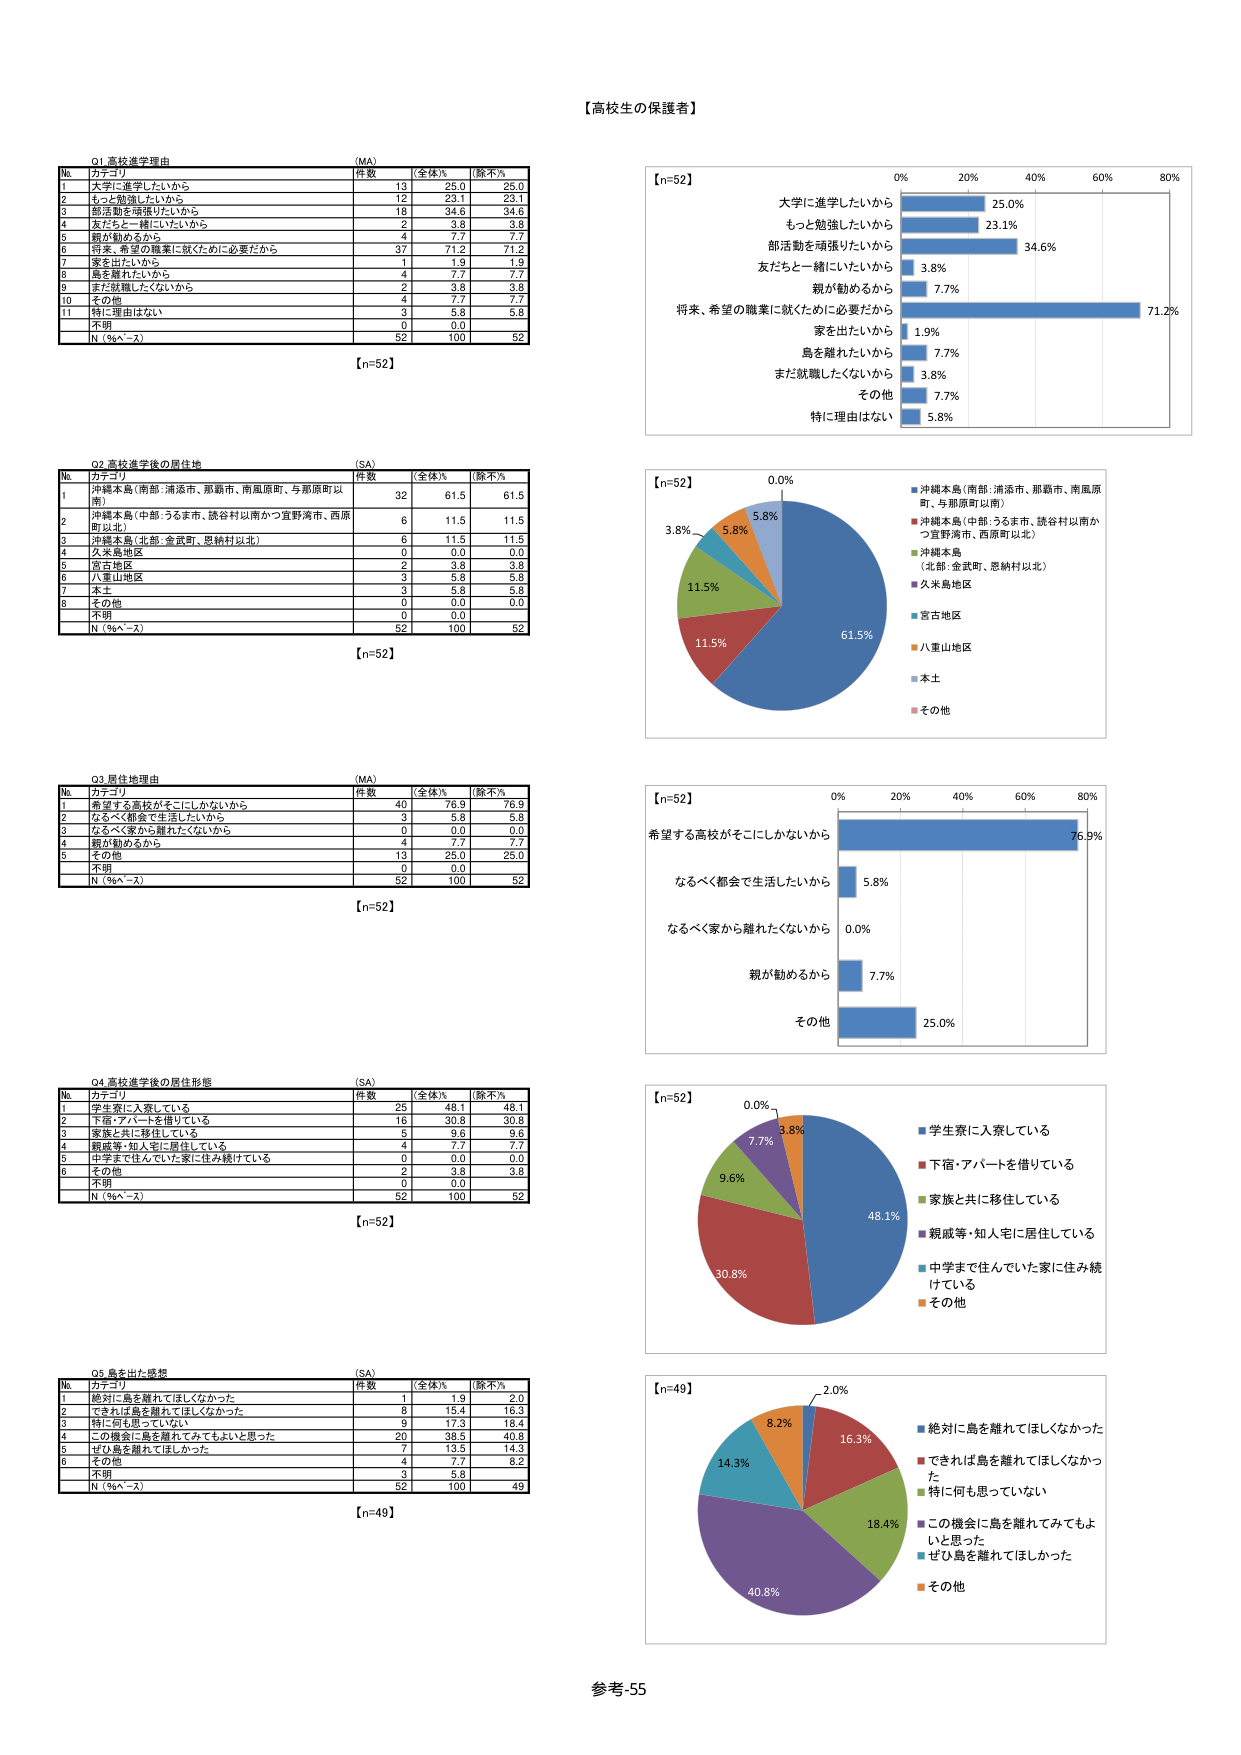
【高校生の保護者】

Q1 高校進学理由 (MA)
No カテゴリ 件数 全体% 除不%
1 大学に進学したいから 13 25.0 25.0
2 もっと勉強したいから 12 23.1 23.1
3 部活動を頑張りたいから 18 34.6 34.6
4 友だちと一緒にいたいから 2 3.8 3.8
5 親が勧めるから 4 7.7 7.7
6 将来、希望の職業に就くために必要だから 37 71.2 71.2
7 家を出たいから 1 1.9 1.9
8 島を離れたいから 4 7.7 7.7
9 まだ就職したくないから 2 3.8 3.8
10 その他 4 7.7 7.7
11 特に理由はない 3 5.8 5.8
不明 0 0.0
N（％ベース） 52 100 52
【n=52】

Q2 高校進学後の居住地 (SA)
No カテゴリ 件数 全体% 除不%
1 沖縄本島（南部：浦添市、那覇市、南風原町、与那原町以南） 32 61.5 61.5
2 沖縄本島（中部：うるま市、読谷村以南かつ宜野湾市、西原町以北） 6 11.5 11.5
3 沖縄本島（北部：金武町、恩納村以北） 6 11.5 11.5
4 久米島地区 0 0.0 0.0
5 宮古地区 2 3.8 3.8
6 八重山地区 3 5.8 5.8
7 本土 3 5.8 5.8
8 その他 0 0.0 0.0
不明 0 0.0
N（％ベース） 52 100 52
【n=52】

Q3 居住地理由 (MA)
No カテゴリ 件数 全体% 除不%
1 希望する高校がそこにしかないから 40 76.9 76.9
2 なるべく都会で生活したいから 3 5.8 5.8
3 なるべく家から離れたくないから 0 0.0 0.0
4 親が勧めるから 4 7.7 7.7
5 その他 13 25.0 25.0
不明 0 0.0
N（％ベース） 52 100 52
【n=52】

Q4 高校進学後の居住形態 (SA)
No カテゴリ 件数 全体% 除不%
1 学生寮に入寮している 25 48.1 48.1
2 下宿・アパートを借りている 16 30.8 30.8
3 家族と共に移住している 5 9.6 9.6
4 親戚等・知人宅に居住している 4 7.7 7.7
5 中学まで住んでいた家に住み続けている 0 0.0 0.0
6 その他 2 3.8 3.8
不明 0 0.0
N（％ベース） 52 100 52
【n=52】

Q5 島を出た感想 (SA)
No カテゴリ 件数 全体% 除不%
1 絶対に島を離れてほしくなかった 1 1.9 2.0
2 できれば島を離れてほしくなかった 8 15.4 16.3
3 特に何も思っていない 9 17.3 18.4
4 この機会に島を離れてみてもよいと思った 20 38.5 40.8
5 ぜひ島を離れてほしかった 7 13.5 14.3
6 その他 4 7.7 8.2
不明 3 5.8
N（％ベース） 52 100 49
【n=49】

【n=52】
0% 20% 40% 60% 80%
大学に進学したいから 25.0%
もっと勉強したいから 23.1%
部活動を頑張りたいから 34.6%
友だちと一緒にいたいから 3.8%
親が勧めるから 7.7%
将来、希望の職業に就くために必要だから 71.2%
家を出たいから 1.9%
島を離れたいから 7.7%
まだ就職したくないから 3.8%
その他 7.7%
特に理由はない 5.8%

【n=52】
61.5%
11.5%
11.5%
0.0%
5.8%
3.8%
5.8%
沖縄本島（南部：浦添市、那覇市、南風原町、与那原町以南）
沖縄本島（中部：うるま市、読谷村以南かつ宜野湾市、西原町以北）
沖縄本島（北部：金武町、恩納村以北）
久米島地区
宮古地区
八重山地区
本土
その他

【n=52】
0% 20% 40% 60% 80%
希望する高校がそこにしかないから 76.9%
なるべく都会で生活したいから 5.8%
なるべく家から離れたくないから 0.0%
親が勧めるから 7.7%
その他 25.0%

【n=52】
48.1%
30.8%
9.6%
7.7%
0.0%
3.8%
学生寮に入寮している
下宿・アパートを借りている
家族と共に移住している
親戚等・知人宅に居住している
中学まで住んでいた家に住み続けている
その他

【n=49】
2.0%
16.3%
18.4%
40.8%
14.3%
8.2%
絶対に島を離れてほしくなかった
できれば島を離れてほしくなかった
特に何も思っていない
この機会に島を離れてみてもよいと思った
ぜひ島を離れてほしかった
その他

参考-55